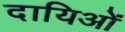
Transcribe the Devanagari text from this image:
दायिओं